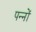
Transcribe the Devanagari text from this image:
पन्‍नों